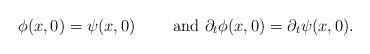
LaTeX: \begin{align*}\phi(x,0) = \psi(x,0) \qquad\mbox{ and }\partial_t \phi(x,0) = \partial_t \psi(x,0).\end{align*}